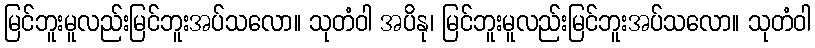
မြင်ဘူးမူလည်းမြင်ဘူးအပ်သလော။ သုတံဝါ အပိနု၊ မြင်ဘူးမူလည်းမြင်ဘူးအပ်သလော။ သုတံဝါ